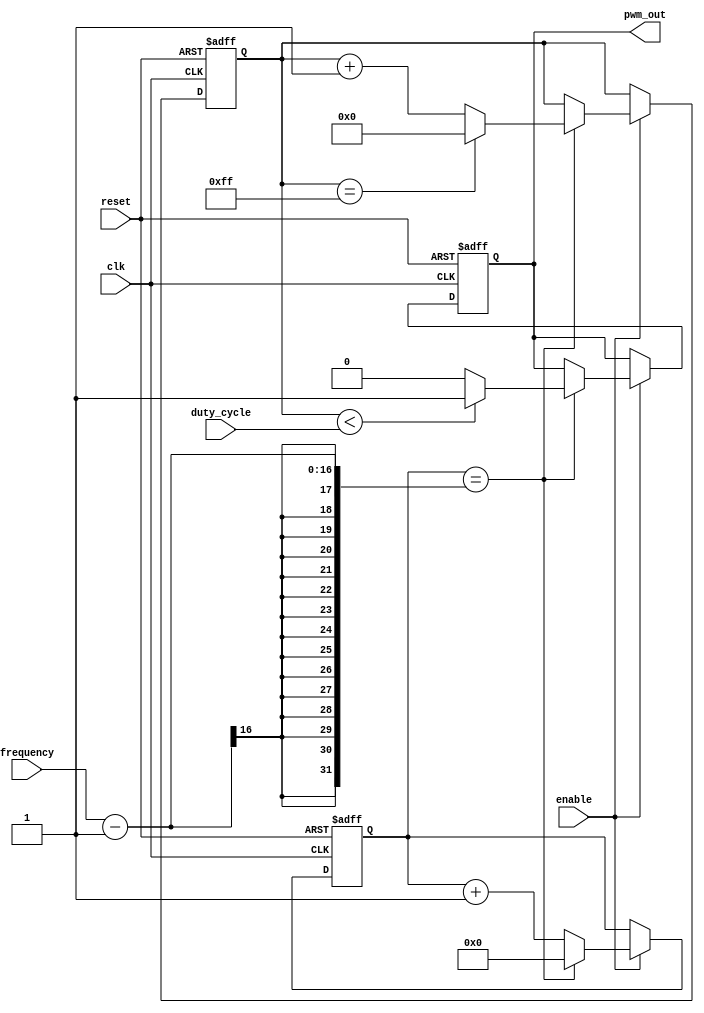
module pwm_pulse_generator (
    input wire clk,
    input wire reset,
    input wire enable,
    input wire [7:0] duty_cycle,
    input wire [15:0] frequency,
    output reg pwm_out
);

reg [15:0] count;
reg [7:0] duty_count;

always @(posedge clk or posedge reset) begin
    if (reset) begin
        count <= 0;
        duty_count <= 0;
        pwm_out <= 0;
    end else if (enable) begin
        if (count == frequency - 1) begin
            count <= 0;
            if (duty_count < duty_cycle) begin
                pwm_out <= 1;
            end else begin
                pwm_out <= 0;
            end
            if (duty_count == 255) begin
                duty_count <= 0;
            end else begin
                duty_count <= duty_count + 1;
            end
        end else begin
            count <= count + 1;
        end
    end
end

endmodule